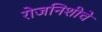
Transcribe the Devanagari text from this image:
रोजनिशीचे